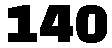
140